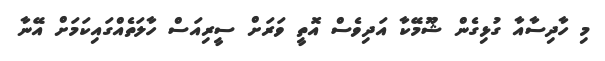
މި ހާދިސާއާ ގުޅިގެން ޝޫމޭކާ އަދިވެސް އޮތީ ވަރަށް ސީރިއަސް ހާލަތެއްގައިކަމަށް އޭނާ